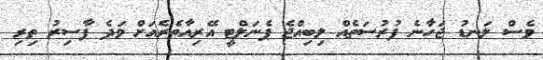
ވެސް ލަނޑު ޖަހާނެ ފުރުސަތެއް ލިބިއްޖެ ޕެނަލްޓީ އޭރިއާތެރެއަށް ވަދެ ފާސިރު ތިރި